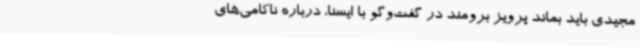
مجیدی باید بماند پرویز برومند در گفت‌وگو با ایسنا، درباره ناکامی‌های